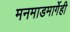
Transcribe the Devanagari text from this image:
मनमाडमार्गेही